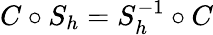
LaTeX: C\circ S_{h}=S_{h}^{-1}\circ C